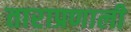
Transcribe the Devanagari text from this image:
ताराप्रणाली